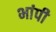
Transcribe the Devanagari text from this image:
भांपी